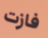
فازت